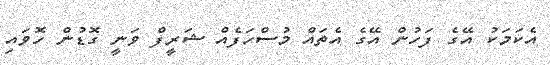
އެކަމަކު އޭގެ ފަހުން އޭގެ އެތައް މުސްހަފެއް ޝަރީފް ވަނީ ގޮޑުން ހޮވައި